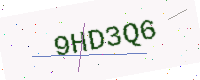
Text: 9HD3Q6